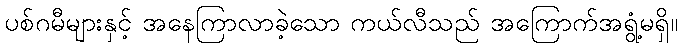
ပစ်ဂမီများနှင့် အနေကြာလာခဲ့သော ကယ်လီသည် အကြောက်အရွံ့မရှိ။